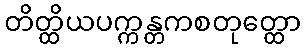
တိတ္ထိယပက္ကန္တကစတုတ္ထော